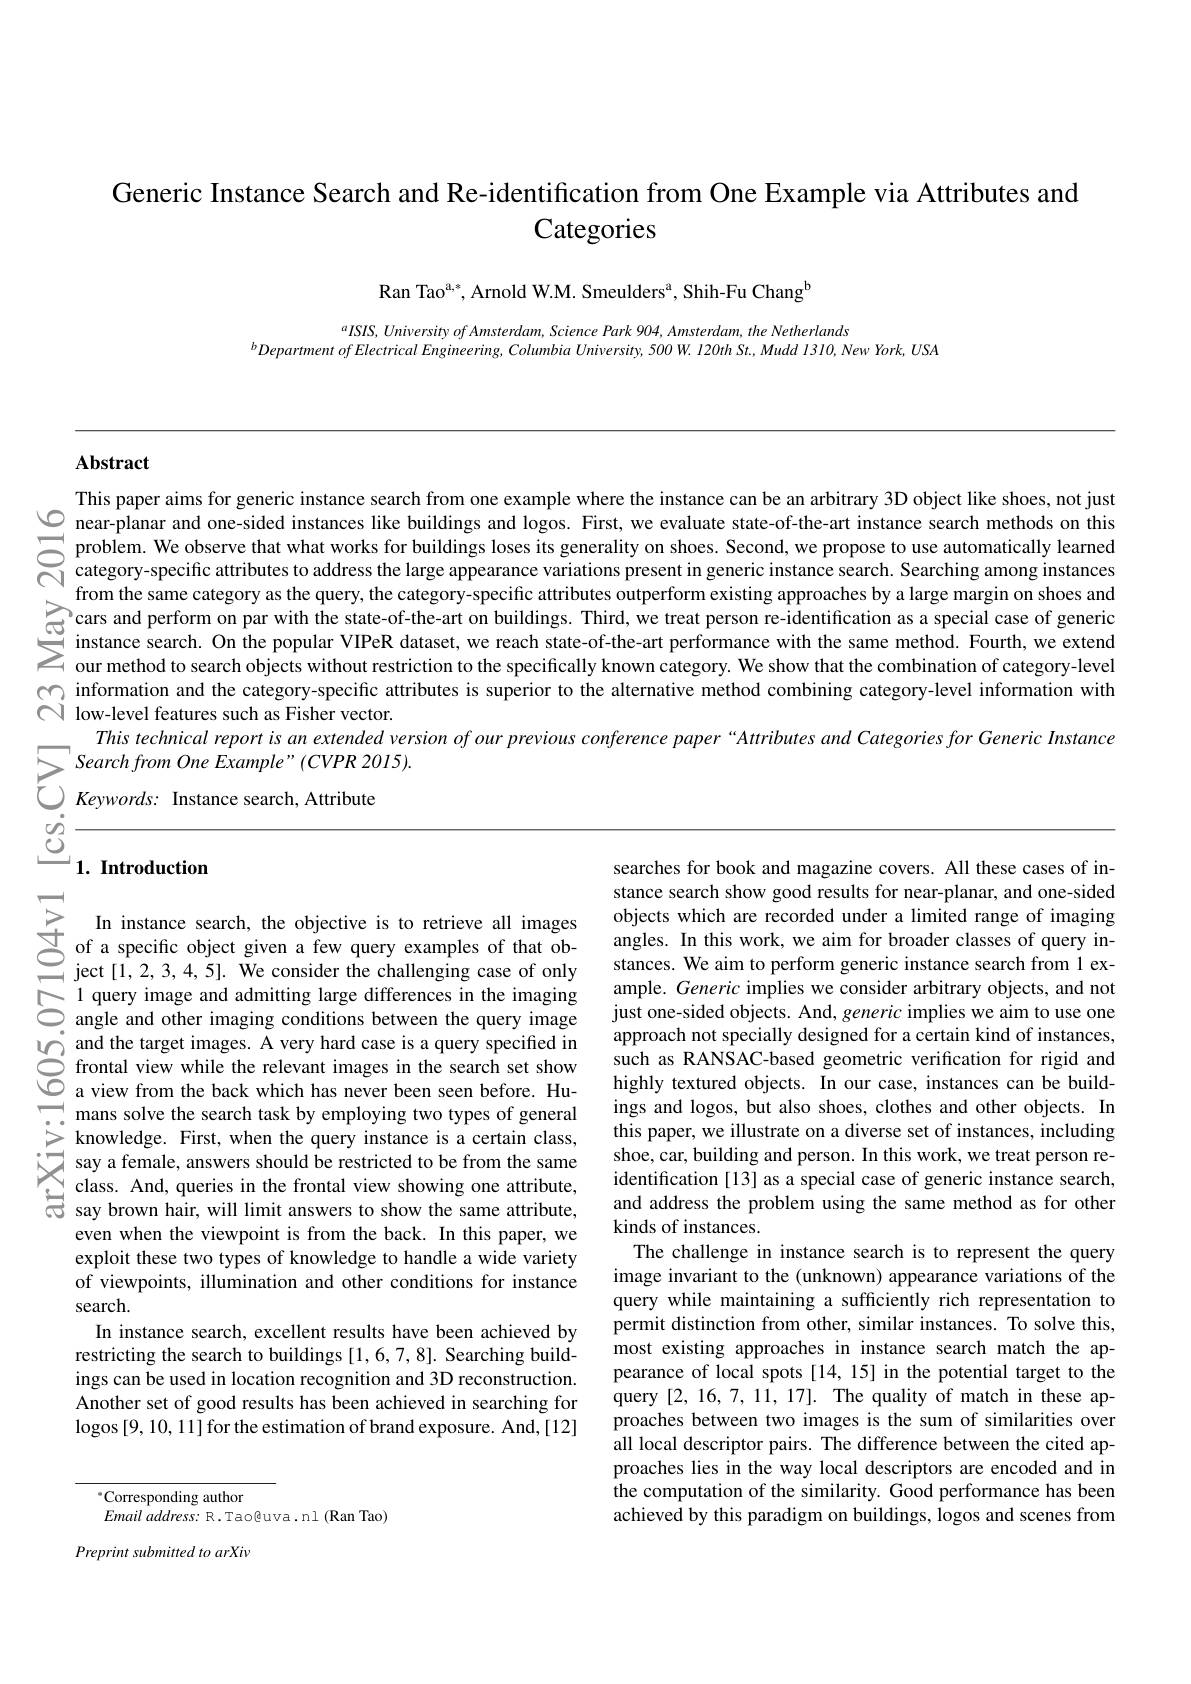
# Generic Instance Search and Re-identification from One Example via Attributes and Categories

Ran Ta$o^{a, * }$, Arnold W. M. Smeulder$s^{a}$, Shih- Fu Chan$g^{b}$

$^aISIS,UniversityofAmsterdam,SciencePark904,Amsterdam,theNetherlands$
$^{b}$Department of Electrical Engineering, Columbia University, 500 W. I20th St., Mudd I3I0, New York, USA

# Abstract

This paper aims for generic instance search from one example where the instance can be an arbitrary 3D object like shoes, not just enear-planar and one-sided instances ilke buildings and logos. First, we evaluate state-of the-art instance search methods from the sanne category as the query, the category-specific outperform existing approaches by alarge margin shoes.and G cars and perform on par with the state-of the-art on building. Third, we treat person re-identifcation as a special case of generic in $\begin{array}{ll}{\textcircled{C}}\\{\textcircled{C}}\end{array}$ information and the catego
This technical report is an extended version of our previous conference paper“Attributes and Categories for Generic Instance
$\sum SearchfromOneExample”(CVPR2015).$

# $\underlinesegment{\varrho}_{1.\text{ Introduction}}$

stance earch, the objective is to retrieve all images objects which are reconleded ininter aniner ando nesidede 文 In instance search, the objective is to recortieve all images objects ofices which arereconleded under alimierangera of imaging= ject[1,2,3
even when the viewpoint is from the back. In this paper, we exploit these two types of knowledge to handle a wide variety of viewpoints, illumination and other conditions for instance search.
In instance search, excellent results have been achieved by restricting the search to buildings [1,6,7,8]. Searching buildings can be used in location recognition and 3D reconstruction. Another set of good results has been achieved in searching for logos [9,10,11] for the estimation of brand exposure. And,[12]

${}^{*}$Corresponding author
Email address: R.Tao@uva.nl (Ran Tao)

Preprint submitted to arXiv

searches for book and magazine covers. All these cases of in-
kinds of instances.
The challenge in instance search is to represent the query image invariant to the (unknown) appearance variations of the query while maintaining a sufficiently rich representation to permit distinction from other, similar instances. To solve this, most existing approaches in instance search match the appearance of local spots [14, 15] in the potential target to the query [2,16,7,11,17]. The quality of match in these approaches between two images is the sum of similarities over all local descriptor pairs. The difference between the cited approaches lies in the way local descriptors are encoded and in the computation of the similarity. Good performance has been achieved by this paradigm on buildings, logos and scenes from